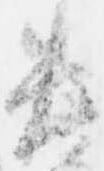
失